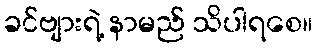
ခင်ဗျားရဲ့ နာမည် သိပါရစေ။